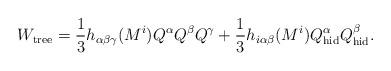
LaTeX: \begin{align*}W_{\rm tree}={1\over 3}h_{\alpha\beta\gamma}(M^i)Q^\alpha Q^\beta Q^\gamma+{1\over 3}h_{i\alpha\beta}(M^i) Q^\alpha_{\rm hid}Q^\beta_{\rm hid}.\end{align*}